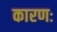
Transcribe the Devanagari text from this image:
कारणः